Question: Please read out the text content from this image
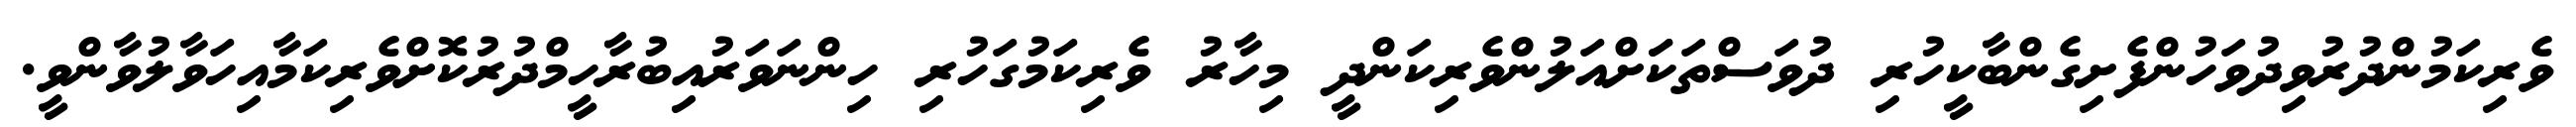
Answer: ވެރިކަމުންދުރުވިދުވަހުންފެށިގެންބާކީހުރި ދުވަސްތަކަަށްއަލުންވެރިކަންދީ މިހާރު ވެރިކަމުގަހުރި ހިންނަވަރުއިބުރާހީމްދުރުކޮށްވެރިކަމާއިހަވާލުވާންވީ.